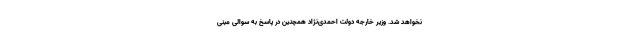
نخواهد شد. وزیر خارجه دولت احمدی‌نژاد همچنین در پاسخ به سوالی مبنی